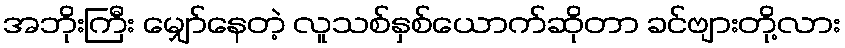
အဘိုးကြီး မျှော်နေတဲ့ လူသစ်နှစ်ယောက်ဆိုတာ ခင်ဗျားတို့လား